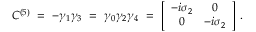
C ^ { ( 5 ) } \ = \ - \gamma _ { 1 } \gamma _ { 3 } \ = \ \gamma _ { 0 } \gamma _ { 2 } \gamma _ { 4 } \ = \ \left[ \begin{array} { c c } { { - i \sigma _ { 2 } } } & { { 0 } } \\ { { 0 } } & { { - i \sigma _ { 2 } } } \end{array} \right] \, .